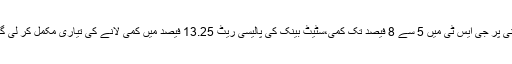
چینی پر جی ایس ٹی میں 5 سے 8 فیصد تک کمی،سٹیٹ بینک کی پالیسی ریٹ 13.25 فیصد میں کمی لانے کی تیاری مکمل کر لی گئی۔